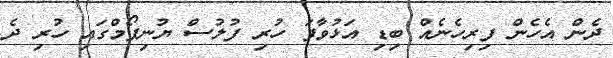
ދެން އެހެން ފިރިހެނެއް ބިޑި އަޅުވާފަ ހުރި ފުލުސް ޔުނިފޯމްގައި ހުރި ދެ